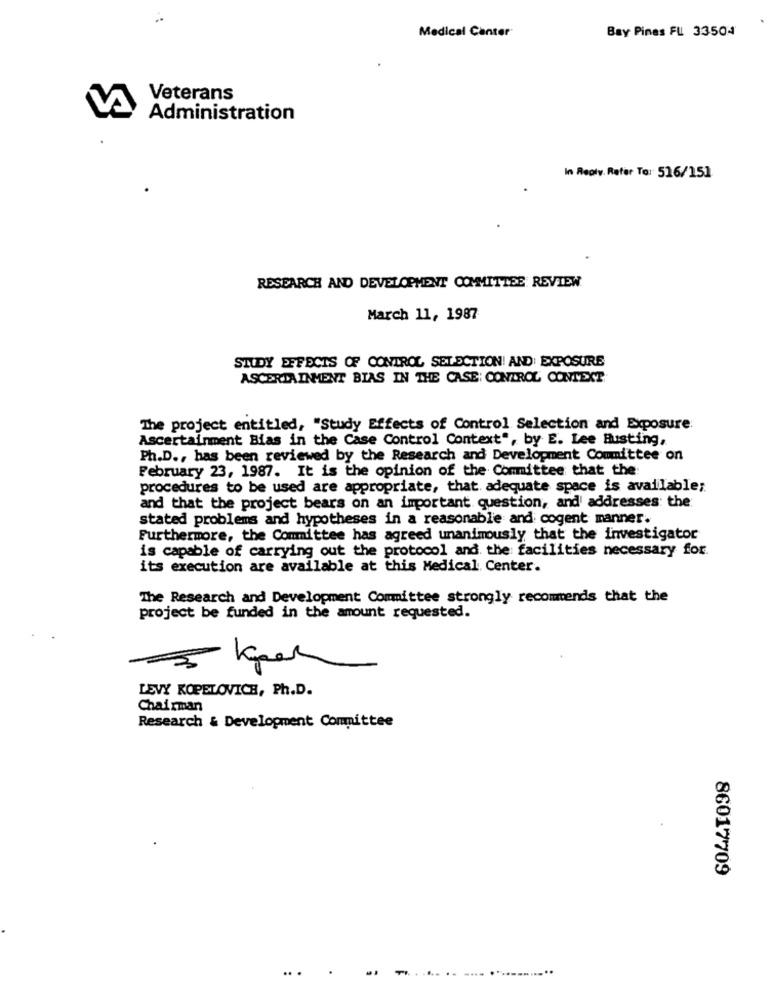
Medical Center
Bay Pines FL 33504
Veterans
Administration
In Reply. Refer To: 516/151
RESEARCH AND DEVELOPMENT COMMITTEE REVIEW
March 11, 1987
STUDY EFFECTS OF CONTROL SELECTION! AND: EXPOSURE
ASCERTAINMENT BIAS IN THE CASE: CONTROL CONTEXT
The project entitled, "Study Effects of Control Selection and Exposure
Ascertainment Bias in the Case Control Context", by E. Lee Busting,
Ph.D ., has been reviewed by the Research and Development Committee on
February 23, 1987. It is the opinion of the Committee that the:
procedures to be used are appropriate, that adequate space is available;
and that the project bears on an important question, and addresses: the
stated problems and hypotheses in a reasonable and cogent manner.
Furthermore, the Committee has agreed unanimously that the investigator
is capable of carrying out the protocol and the facilities necessary for.
its execution are available at this Medical Center.
The Research and Development Committee strongly recommends that the
project be funded in the amount requested.
LEVY KOPELOVICH, Ph.D.
Chairman
Research & Development Committee
86017709
...
.... ............